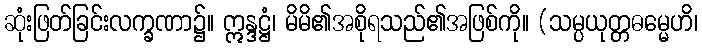
ဆုံးဖြတ်ခြင်းလက္ခဏာ၌။ ဣန္ဒဋ္ဌံ၊ မိမိ၏အစိုရသည်၏အဖြစ်ကို။ (သမ္ပယုတ္တဓမ္မေဟိ၊